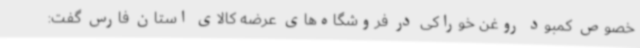
خصوص کمبود روغن خوراکی در فروشگاه‌های عرضه کالای استان فارس گفت: